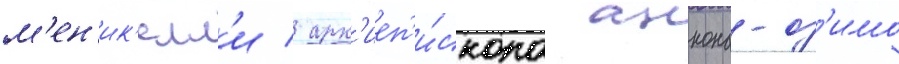
м'ен'ик'елл'и / арх'иеп'и́скопа анкона-оз'имо